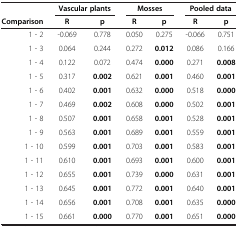
<table><thead><tr><td><b> </b></td><td colspan="2"><b>Vascular plants</b></td><td colspan="2"><b>Mosses</b></td><td colspan="2"><b>Pooled data</b></td></tr><tr><td><b>Comparison</b></td><td><b>R</b></td><td><b>p</b></td><td><b>R</b></td><td><b>p</b></td><td><b>R</b></td><td><b>p</b></td></tr></thead><tbody><tr><td>1 - 2</td><td>-0.069</td><td>0.778</td><td>0.050</td><td>0.275</td><td>-0.066</td><td>0.751</td></tr><tr><td>1 - 3</td><td>0.064</td><td>0.244</td><td>0.272</td><td><b>0.012</b></td><td>0.086</td><td>0.166</td></tr><tr><td>1 - 4</td><td>0.122</td><td>0.072</td><td>0.474</td><td><b>0.000</b></td><td>0.271</td><td><b>0.008</b></td></tr><tr><td>1 - 5</td><td>0.317</td><td><b>0.002</b></td><td>0.621</td><td><b>0.001</b></td><td>0.460</td><td><b>0.001</b></td></tr><tr><td>1 - 6</td><td>0.402</td><td><b>0.001</b></td><td>0.632</td><td><b>0.000</b></td><td>0.518</td><td><b>0.000</b></td></tr><tr><td>1 - 7</td><td>0.469</td><td><b>0.002</b></td><td>0.608</td><td><b>0.000</b></td><td>0.502</td><td><b>0.001</b></td></tr><tr><td>1 - 8</td><td>0.507</td><td><b>0.001</b></td><td>0.658</td><td><b>0.001</b></td><td>0.528</td><td><b>0.001</b></td></tr><tr><td>1 - 9</td><td>0.563</td><td><b>0.001</b></td><td>0.689</td><td><b>0.001</b></td><td>0.559</td><td><b>0.001</b></td></tr><tr><td>1 - 10</td><td>0.599</td><td><b>0.001</b></td><td>0.703</td><td><b>0.001</b></td><td>0.583</td><td><b>0.001</b></td></tr><tr><td>1 - 11</td><td>0.610</td><td><b>0.001</b></td><td>0.693</td><td><b>0.001</b></td><td>0.600</td><td><b>0.001</b></td></tr><tr><td>1 - 12</td><td>0.655</td><td><b>0.001</b></td><td>0.739</td><td><b>0.000</b></td><td>0.631</td><td><b>0.001</b></td></tr><tr><td>1 - 13</td><td>0.645</td><td><b>0.001</b></td><td>0.772</td><td><b>0.001</b></td><td>0.640</td><td><b>0.001</b></td></tr><tr><td>1 - 14</td><td>0.656</td><td><b>0.001</b></td><td>0.708</td><td><b>0.001</b></td><td>0.635</td><td><b>0.000</b></td></tr><tr><td>1 - 15</td><td>0.661</td><td><b>0.000</b></td><td>0.770</td><td><b>0.001</b></td><td>0.651</td><td><b>0.000</b></td></tr></tbody></table>